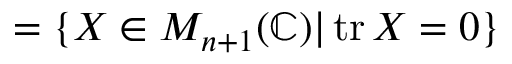
= \{ X \in M _ { n + 1 } ( \mathbb { C } ) | \operatorname { t r } X = 0 \}